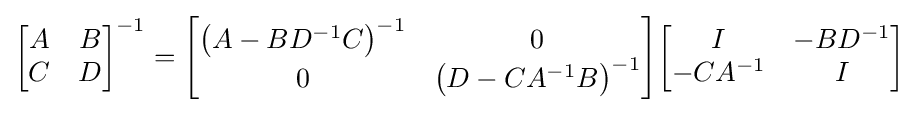
{\begin{bmatrix}{A}&{B}\\{C}&{D}\end{bmatrix}}^{-1}={\begin{bmatrix}\left({A}-{B}{D}^{-1}{C}\right)^{-1}&{0}\\{0}&\left({D}-{C}{A}^{-1}{B}\right)^{-1}\end{bmatrix}}{\begin{bmatrix}{I}&-{B}{D}^{-1}\\-{C}{A}^{-1}&{I}\end{bmatrix}}